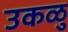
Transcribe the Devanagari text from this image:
उकळु